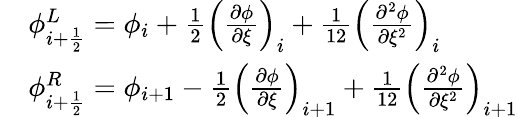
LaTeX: \begin{array}{rl}&{\phi_{i+\frac{1}{2}}^{L}=\phi_{i}+\frac{1}{2}\left(\frac{\partial\phi}{\partial\xi}\right)_{i}+\frac{1}{12}\left(\frac{\partial^{2}\phi}{\partial\xi^{2}}\right)_{i}}\\ &{\phi_{i+\frac{1}{2}}^{R}=\phi_{i+1}-\frac{1}{2}\left(\frac{\partial\phi}{\partial\xi}\right)_{i+1}+\frac{1}{12}\left(\frac{\partial^{2}\phi}{\partial\xi^{2}}\right)_{i+1}}\end{array}